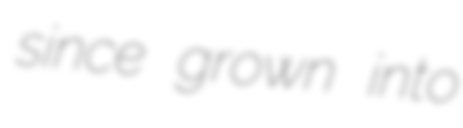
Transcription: since grown into